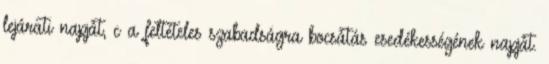
lejárati napját, c a feltételes szabadságra bocsátás esedékességének napját.